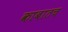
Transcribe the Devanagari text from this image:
काबातच